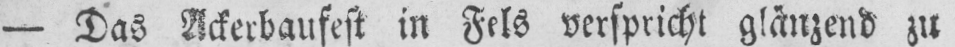
- Das Ackerbaufest in Fels verspricht glänzend zu